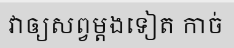
វាឲ្យសព្វម្តងទៀត កាច់